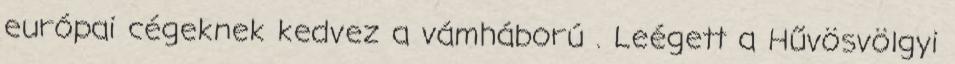
európai cégeknek kedvez a vámháború . Leégett a Hűvösvölgyi